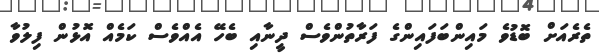
ތެރެއަށް ބޮޑުވެ މައިންބަފައިންގެ ފަރާތުންވެސް ދީނާއި ބެހޭ އެއްވެސް ކަމެއް އޮޅުން ފިލުވާ